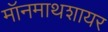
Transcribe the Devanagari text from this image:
मॉनमाथशायर